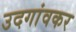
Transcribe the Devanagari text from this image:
उदगांवकर